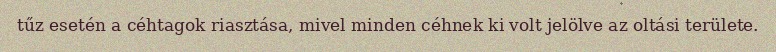
tűz esetén a céhtagok riasztása, mivel minden céhnek ki volt jelölve az oltási területe.